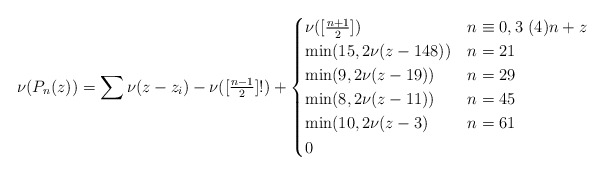
\begin{align*}\nu(P_n(z))=\sum\nu(z-z_i)-\nu([\tfrac{n-1}2]!)+\begin{cases}\nu([\tfrac{n+1}2])&n\equiv0,3\ (4)n+z\\\min(15,2\nu(z-148))&n=21\\\min(9,2\nu(z-19))&n=29\\\min(8,2\nu(z-11))&n=45\\\min(10,2\nu(z-3)&n=61\\0&\end{cases}\end{align*}